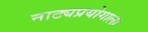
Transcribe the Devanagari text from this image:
नाट्यप्रयोगाला